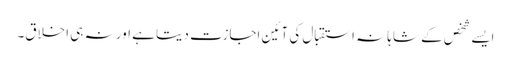
ایسے شخص کے شاہانہ استقبال کی آئین اجازت دیتا ہے اور نہ ہی اخلاق۔